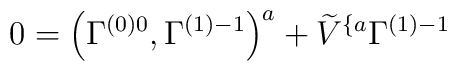
0=\left( \Gamma _{}^{\left( 0\right) 0},\Gamma _{}^{\left(1\right) -1}\right) ^a+\widetilde{V}^{\{a}\Gamma _{}^{\left( 1\right) -1}